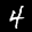
Digit: 4